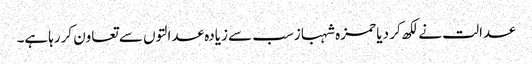
عدالت نے لکھ کر دیا حمزہ شہبازسب سے زیادہ عدالتوں سے تعاون کررہاہے۔